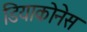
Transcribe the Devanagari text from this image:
डियाकोनेस